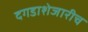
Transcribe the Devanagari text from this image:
दगडाशेजारीच